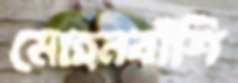
মোহনবাঁশি